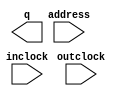
// megafunction wizard: %ROM: 1-PORT%VBB%
// GENERATION: STANDARD
// VERSION: WM1.0
// MODULE: altsyncram 

// ============================================================
// Megafunction Name(s):
// 			altsyncram
//
// Simulation Library Files(s):
// 			altera_mf
// ============================================================
// ************************************************************
// THIS IS A WIZARD-GENERATED FILE. DO NOT EDIT THIS FILE!
//
// 20.1.1 Build 720 11/11/2020 SJ Lite Edition
// ************************************************************

//Copyright (C) 2020  Intel Corporation. All rights reserved.
//Your use of Intel Corporation's design tools, logic functions 
//and other software and tools, and any partner logic 
//functions, and any output files from any of the foregoing 
//(including device programming or simulation files), and any 
//associated documentation or information are expressly subject 
//to the terms and conditions of the Intel Program License 
//Subscription Agreement, the Intel Quartus Prime License Agreement,
//the Intel FPGA IP License Agreement, or other applicable license
//agreement, including, without limitation, that your use is for
//the sole purpose of programming logic devices manufactured by
//Intel and sold by Intel or its authorized distributors.  Please
//refer to the applicable agreement for further details, at
//https://fpgasoftware.intel.com/eula.

module romtest (
	address,
	inclock,
	outclock,
	q);

	input	[15:0]  address;
	input	  inclock;
	input	  outclock;
	output	[31:0]  q;
`ifndef ALTERA_RESERVED_QIS
// synopsys translate_off
`endif
	tri1	  inclock;
`ifndef ALTERA_RESERVED_QIS
// synopsys translate_on
`endif

endmodule

// ============================================================
// CNX file retrieval info
// ============================================================
// Retrieval info: PRIVATE: ADDRESSSTALL_A NUMERIC "0"
// Retrieval info: PRIVATE: AclrAddr NUMERIC "0"
// Retrieval info: PRIVATE: AclrByte NUMERIC "0"
// Retrieval info: PRIVATE: AclrOutput NUMERIC "0"
// Retrieval info: PRIVATE: BYTE_ENABLE NUMERIC "0"
// Retrieval info: PRIVATE: BYTE_SIZE NUMERIC "8"
// Retrieval info: PRIVATE: BlankMemory NUMERIC "0"
// Retrieval info: PRIVATE: CLOCK_ENABLE_INPUT_A NUMERIC "0"
// Retrieval info: PRIVATE: CLOCK_ENABLE_OUTPUT_A NUMERIC "0"
// Retrieval info: PRIVATE: Clken NUMERIC "0"
// Retrieval info: PRIVATE: IMPLEMENT_IN_LES NUMERIC "0"
// Retrieval info: PRIVATE: INIT_FILE_LAYOUT STRING "PORT_A"
// Retrieval info: PRIVATE: INIT_TO_SIM_X NUMERIC "0"
// Retrieval info: PRIVATE: INTENDED_DEVICE_FAMILY STRING "Cyclone V"
// Retrieval info: PRIVATE: JTAG_ENABLED NUMERIC "0"
// Retrieval info: PRIVATE: JTAG_ID STRING "NONE"
// Retrieval info: PRIVATE: MAXIMUM_DEPTH NUMERIC "0"
// Retrieval info: PRIVATE: MIFfilename STRING "Instructions.mif"
// Retrieval info: PRIVATE: NUMWORDS_A NUMERIC "65536"
// Retrieval info: PRIVATE: RAM_BLOCK_TYPE NUMERIC "0"
// Retrieval info: PRIVATE: RegAddr NUMERIC "1"
// Retrieval info: PRIVATE: RegOutput NUMERIC "1"
// Retrieval info: PRIVATE: SYNTH_WRAPPER_GEN_POSTFIX STRING "0"
// Retrieval info: PRIVATE: SingleClock NUMERIC "0"
// Retrieval info: PRIVATE: UseDQRAM NUMERIC "0"
// Retrieval info: PRIVATE: WidthAddr NUMERIC "16"
// Retrieval info: PRIVATE: WidthData NUMERIC "32"
// Retrieval info: PRIVATE: rden NUMERIC "0"
// Retrieval info: LIBRARY: altera_mf altera_mf.altera_mf_components.all
// Retrieval info: CONSTANT: ADDRESS_ACLR_A STRING "NONE"
// Retrieval info: CONSTANT: CLOCK_ENABLE_INPUT_A STRING "BYPASS"
// Retrieval info: CONSTANT: CLOCK_ENABLE_OUTPUT_A STRING "BYPASS"
// Retrieval info: CONSTANT: INIT_FILE STRING "Instructions.mif"
// Retrieval info: CONSTANT: INTENDED_DEVICE_FAMILY STRING "Cyclone V"
// Retrieval info: CONSTANT: LPM_TYPE STRING "altsyncram"
// Retrieval info: CONSTANT: NUMWORDS_A NUMERIC "65536"
// Retrieval info: CONSTANT: OPERATION_MODE STRING "ROM"
// Retrieval info: CONSTANT: OUTDATA_ACLR_A STRING "NONE"
// Retrieval info: CONSTANT: OUTDATA_REG_A STRING "CLOCK1"
// Retrieval info: CONSTANT: WIDTHAD_A NUMERIC "16"
// Retrieval info: CONSTANT: WIDTH_A NUMERIC "32"
// Retrieval info: CONSTANT: WIDTH_BYTEENA_A NUMERIC "1"
// Retrieval info: USED_PORT: address 0 0 16 0 INPUT NODEFVAL "address[15..0]"
// Retrieval info: USED_PORT: inclock 0 0 0 0 INPUT VCC "inclock"
// Retrieval info: USED_PORT: outclock 0 0 0 0 INPUT NODEFVAL "outclock"
// Retrieval info: USED_PORT: q 0 0 32 0 OUTPUT NODEFVAL "q[31..0]"
// Retrieval info: CONNECT: @address_a 0 0 16 0 address 0 0 16 0
// Retrieval info: CONNECT: @clock0 0 0 0 0 inclock 0 0 0 0
// Retrieval info: CONNECT: @clock1 0 0 0 0 outclock 0 0 0 0
// Retrieval info: CONNECT: q 0 0 32 0 @q_a 0 0 32 0
// Retrieval info: GEN_FILE: TYPE_NORMAL romtest.v TRUE
// Retrieval info: GEN_FILE: TYPE_NORMAL romtest.inc FALSE
// Retrieval info: GEN_FILE: TYPE_NORMAL romtest.cmp FALSE
// Retrieval info: GEN_FILE: TYPE_NORMAL romtest.bsf FALSE
// Retrieval info: GEN_FILE: TYPE_NORMAL romtest_inst.v FALSE
// Retrieval info: GEN_FILE: TYPE_NORMAL romtest_bb.v TRUE
// Retrieval info: LIB_FILE: altera_mf